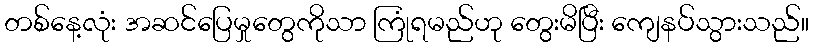
တစ်နေ့လုံး အဆင်ပြေမှုတွေကိုသာ ကြုံရမည်ဟု တွေးမိပြီး ကျေနပ်သွားသည်။